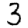
Digit: 3